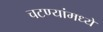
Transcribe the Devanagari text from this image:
चटण्यांमध्ये